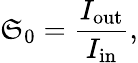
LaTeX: \mathfrak{S}_{0}=\frac{{I_{\mathrm{{{out}}}}}}{{I_{\mathrm{{{in}}}}}},